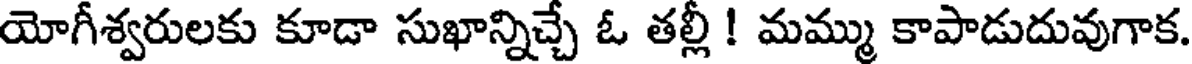
యోగీశ్వరులకు కూడా సుఖాన్నిచ్చే ఓ తల్లీ ! మమ్ము కాపాడుదువుగాక